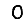
Digit: 0